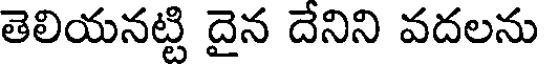
తెలియనట్టి దైన దేనిని వదలను